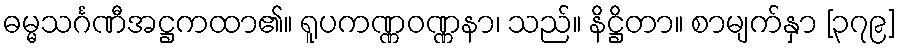
ဓမ္မသင်္ဂဏီအဋ္ဌကထာ၏။ ရူပကဏ္ဏဝဏ္ဏနာ၊ သည်။ နိဋ္ဌိတာ။ စာမျက်နှာ [၃၇၉]